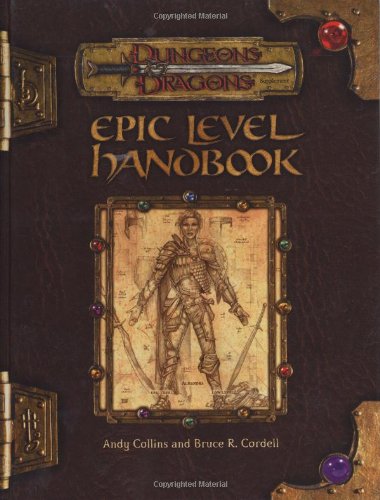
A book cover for Epic Level Handbook (Dungeon & Dragons d20 3.0 Fantasy Roleplaying); Andy Collins; Science Fiction & Fantasy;